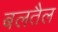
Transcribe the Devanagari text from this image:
बलतैल